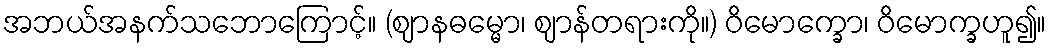
အဘယ်အနက်သဘောကြောင့်။ (ဈာနဓမ္မော၊ ဈာန်တရားကို။) ဝိမောက္ခော၊ ဝိမောက္ခဟူ၍။